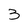
Character: 3